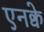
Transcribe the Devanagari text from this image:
एनक्वे